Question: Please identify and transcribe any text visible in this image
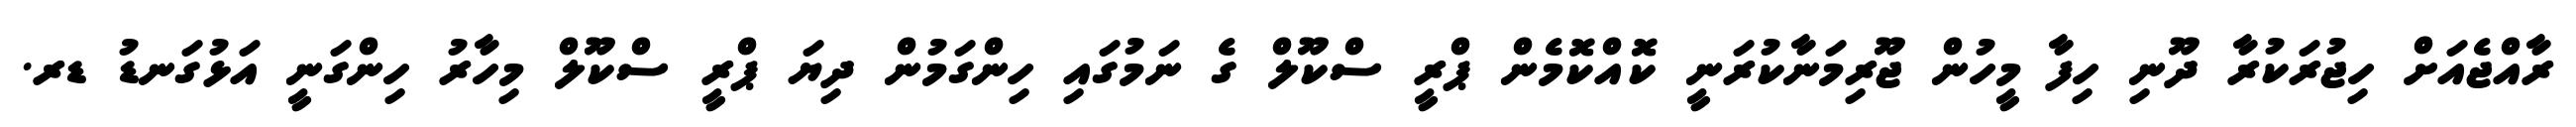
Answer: ރާއްޖެއަށް ހިޖުރަކުރާ ދޫނި ހިފާ މީހުން ޖޫރިމަނާކުރަނީ ކޮއްކޮމެން ޕްރީ ސްކޫލް ގެ ނަމުގައި ހިންގަމުން ދިޔަ ޕްރީ ސްކޫލް މިހާރު ހިންގަނީ އަޅުގަނޑު ޑރ.